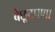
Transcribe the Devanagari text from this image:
बेछूटपणा